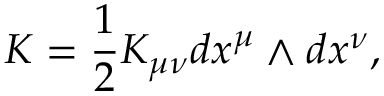
K = \frac { 1 } { 2 } K _ { \mu \nu } d x ^ { \mu } \wedge d x ^ { \nu } ,